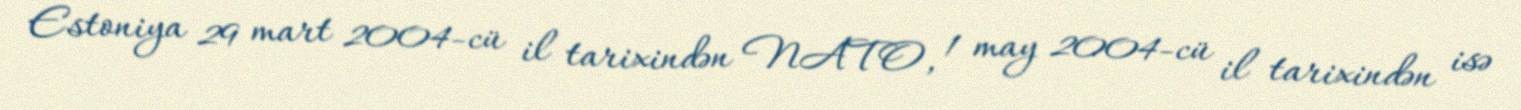
Estoniya 29 mart 2004-cü il tarixindən NATO, 1 may 2004-cü il tarixindən isə